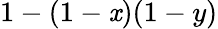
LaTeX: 1-(1-\mathit{x})(1-y)